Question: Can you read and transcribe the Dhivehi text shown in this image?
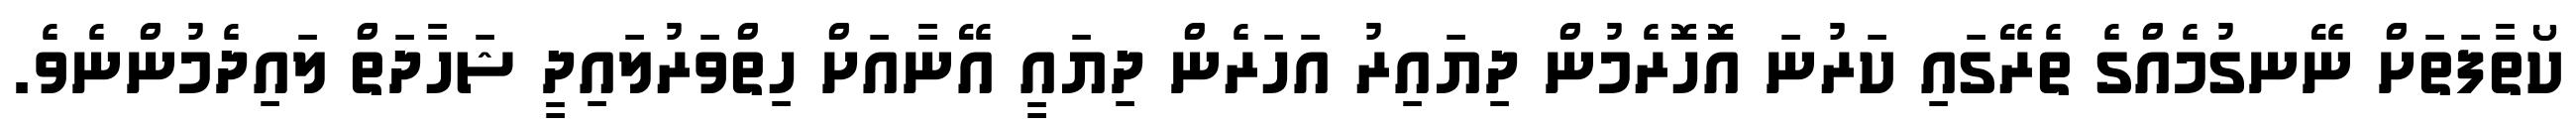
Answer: ކޯތާފަތަށް ނޭނގުމެއްގެ ތެރޭގައި ކަރުނަ އޮހޮރެމުން ދިޔައިރު އަހަރެން ދިޔައީ އޭނާއަށް ހިތްވަރުލައިދީ ޝަހާދަތް ލައިދެމުންނެވެ.